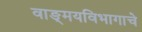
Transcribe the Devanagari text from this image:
वाङ्‌मयविभागाचे